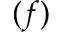
( f )